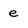
Character: e